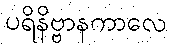
ပရိနိဗ္ဗာနကာလေ